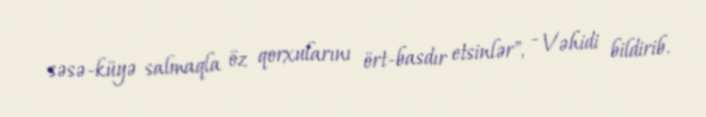
səsə-küyə salmaqla öz qorxularını ört-basdır etsinlər", - Vəhidi bildirib.